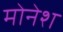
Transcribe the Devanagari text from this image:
मोनेश